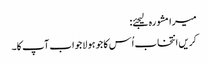
میرا مشورہ لیجئے:
کریں انتخاب اُس کا جو ہو لاجواب آپ کا۔